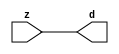

//------> /package/eda/mg/Catapult_10.3d/Mgc_home/pkgs/siflibs/mgc_in_wire_v2.v 
//------------------------------------------------------------------------------
// Catapult Synthesis - Sample I/O Port Library
//
// Copyright (c) 2003-2017 Mentor Graphics Corp.
//       All Rights Reserved
//
// This document may be used and distributed without restriction provided that
// this copyright statement is not removed from the file and that any derivative
// work contains this copyright notice.
//
// The design information contained in this file is intended to be an example
// of the functionality which the end user may study in preparation for creating
// their own custom interfaces. This design does not necessarily present a 
// complete implementation of the named protocol or standard.
//
//------------------------------------------------------------------------------


module mgc_in_wire_v2 (d, z);

  parameter integer rscid = 1;
  parameter integer width = 8;

  output [width-1:0] d;
  input  [width-1:0] z;

  wire   [width-1:0] d;

  assign d = z;

endmodule


//------> /package/eda/mg/Catapult_10.3d/Mgc_home/pkgs/siflibs/ccs_in_v1.v 
//------------------------------------------------------------------------------
// Catapult Synthesis - Sample I/O Port Library
//
// Copyright (c) 2003-2017 Mentor Graphics Corp.
//       All Rights Reserved
//
// This document may be used and distributed without restriction provided that
// this copyright statement is not removed from the file and that any derivative
// work contains this copyright notice.
//
// The design information contained in this file is intended to be an example
// of the functionality which the end user may study in preparation for creating
// their own custom interfaces. This design does not necessarily present a 
// complete implementation of the named protocol or standard.
//
//------------------------------------------------------------------------------


module ccs_in_v1 (idat, dat);

  parameter integer rscid = 1;
  parameter integer width = 8;

  output [width-1:0] idat;
  input  [width-1:0] dat;

  wire   [width-1:0] idat;

  assign idat = dat;

endmodule


//------> /package/eda/mg/Catapult_10.3d/Mgc_home/pkgs/siflibs/ccs_out_v1.v 
//------------------------------------------------------------------------------
// Catapult Synthesis - Sample I/O Port Library
//
// Copyright (c) 2003-2015 Mentor Graphics Corp.
//       All Rights Reserved
//
// This document may be used and distributed without restriction provided that
// this copyright statement is not removed from the file and that any derivative
// work contains this copyright notice.
//
// The design information contained in this file is intended to be an example
// of the functionality which the end user may study in preparation for creating
// their own custom interfaces. This design does not necessarily present a 
// complete implementation of the named protocol or standard.
//
//------------------------------------------------------------------------------

module ccs_out_v1 (dat, idat);

  parameter integer rscid = 1;
  parameter integer width = 8;

  output   [width-1:0] dat;
  input    [width-1:0] idat;

  wire     [width-1:0] dat;

  assign dat = idat;

endmodule




//------> /package/eda/mg/Catapult_10.3d/Mgc_home/pkgs/siflibs/mgc_io_sync_v2.v 
//------------------------------------------------------------------------------
// Catapult Synthesis - Sample I/O Port Library
//
// Copyright (c) 2003-2017 Mentor Graphics Corp.
//       All Rights Reserved
//
// This document may be used and distributed without restriction provided that
// this copyright statement is not removed from the file and that any derivative
// work contains this copyright notice.
//
// The design information contained in this file is intended to be an example
// of the functionality which the end user may study in preparation for creating
// their own custom interfaces. This design does not necessarily present a 
// complete implementation of the named protocol or standard.
//
//------------------------------------------------------------------------------


module mgc_io_sync_v2 (ld, lz);
    parameter valid = 0;

    input  ld;
    output lz;

    wire   lz;

    assign lz = ld;

endmodule


//------> ./rtl.v 
// ----------------------------------------------------------------------
//  HLS HDL:        Verilog Netlister
//  HLS Version:    10.3d/815731 Production Release
//  HLS Date:       Wed Apr 24 14:54:19 PDT 2019
// 
//  Generated by:   695r48@ecegrid-thin4.ecn.purdue.edu
//  Generated date: Wed Nov 10 16:40:02 2021
// ----------------------------------------------------------------------

// 
// ------------------------------------------------------------------
//  Design Unit:    fir_core_core_fsm
//  FSM Module
// ------------------------------------------------------------------


module fir_core_core_fsm (
  clk, rst, fsm_output
);
  input clk;
  input rst;
  output [9:0] fsm_output;
  reg [9:0] fsm_output;


  // FSM State Type Declaration for fir_core_core_fsm_1
  parameter
    main_C_0 = 4'd0,
    main_C_1 = 4'd1,
    main_C_2 = 4'd2,
    main_C_3 = 4'd3,
    main_C_4 = 4'd4,
    main_C_5 = 4'd5,
    main_C_6 = 4'd6,
    main_C_7 = 4'd7,
    main_C_8 = 4'd8,
    main_C_9 = 4'd9;

  reg [3:0] state_var;
  reg [3:0] state_var_NS;


  // Interconnect Declarations for Component Instantiations 
  always @(*)
  begin : fir_core_core_fsm_1
    case (state_var)
      main_C_1 : begin
        fsm_output = 10'b0000000010;
        state_var_NS = main_C_2;
      end
      main_C_2 : begin
        fsm_output = 10'b0000000100;
        state_var_NS = main_C_3;
      end
      main_C_3 : begin
        fsm_output = 10'b0000001000;
        state_var_NS = main_C_4;
      end
      main_C_4 : begin
        fsm_output = 10'b0000010000;
        state_var_NS = main_C_5;
      end
      main_C_5 : begin
        fsm_output = 10'b0000100000;
        state_var_NS = main_C_6;
      end
      main_C_6 : begin
        fsm_output = 10'b0001000000;
        state_var_NS = main_C_7;
      end
      main_C_7 : begin
        fsm_output = 10'b0010000000;
        state_var_NS = main_C_8;
      end
      main_C_8 : begin
        fsm_output = 10'b0100000000;
        state_var_NS = main_C_9;
      end
      main_C_9 : begin
        fsm_output = 10'b1000000000;
        state_var_NS = main_C_0;
      end
      // main_C_0
      default : begin
        fsm_output = 10'b0000000001;
        state_var_NS = main_C_1;
      end
    endcase
  end

  always @(posedge clk) begin
    if ( rst ) begin
      state_var <= main_C_0;
    end
    else begin
      state_var <= state_var_NS;
    end
  end

endmodule

// ------------------------------------------------------------------
//  Design Unit:    fir_core
// ------------------------------------------------------------------


module fir_core (
  clk, rst, coeffs_rsc_z, coeffs_rsc_triosy_lz, in1_rsc_dat, in1_rsc_triosy_lz, out1_rsc_dat,
      out1_rsc_triosy_lz
);
  input clk;
  input rst;
  input [511:0] coeffs_rsc_z;
  output coeffs_rsc_triosy_lz;
  input [15:0] in1_rsc_dat;
  output in1_rsc_triosy_lz;
  output [15:0] out1_rsc_dat;
  output out1_rsc_triosy_lz;


  // Interconnect Declarations
  wire [511:0] coeffs_rsci_d;
  wire [15:0] in1_rsci_idat;
  reg [15:0] out1_rsci_idat;
  reg out1_rsc_triosy_obj_ld;
  wire [9:0] fsm_output;
  reg [223:0] reg_MAC_io_read_coeffs_rsc_cse_255_0_ftd_32;
  reg reg_in1_rsc_triosy_obj_ld_cse;
  wire [29:0] z_out;
  wire [30:0] nl_z_out;
  wire [29:0] z_out_1;
  wire signed [32:0] nl_z_out_1;
  wire [29:0] z_out_2;
  wire signed [32:0] nl_z_out_2;
  wire [29:0] z_out_3;
  wire signed [32:0] nl_z_out_3;
  wire [29:0] z_out_4;
  wire signed [32:0] nl_z_out_4;
  wire [29:0] z_out_5;
  wire signed [32:0] nl_z_out_5;
  wire [29:0] z_out_6;
  wire signed [32:0] nl_z_out_6;
  reg [15:0] regs_15_sva;
  reg [15:0] regs_16_sva;
  reg [15:0] regs_14_sva;
  reg [15:0] regs_17_sva;
  reg [15:0] regs_13_sva;
  reg [15:0] regs_18_sva;
  reg [15:0] regs_12_sva;
  reg [15:0] regs_19_sva;
  reg [15:0] regs_11_sva;
  reg [15:0] regs_20_sva;
  reg [15:0] regs_10_sva;
  reg [15:0] regs_21_sva;
  reg [15:0] regs_9_sva;
  reg [15:0] regs_22_sva;
  reg [15:0] regs_8_sva;
  reg [15:0] regs_23_sva;
  reg [15:0] regs_7_sva;
  reg [15:0] regs_24_sva;
  reg [15:0] regs_6_sva;
  reg [15:0] regs_25_sva;
  reg [15:0] regs_5_sva;
  reg [15:0] regs_26_sva;
  reg [15:0] regs_4_sva;
  reg [15:0] regs_27_sva;
  reg [15:0] regs_3_sva;
  reg [15:0] regs_28_sva;
  reg [15:0] regs_2_sva;
  reg [15:0] regs_29_sva;
  reg [15:0] regs_1_sva;
  reg [15:0] regs_30_sva;
  reg [15:0] regs_0_sva;
  reg [16:0] MAC_1_acc_3_itm;
  wire [17:0] nl_MAC_1_acc_3_itm;
  reg [16:0] MAC_2_acc_3_itm;
  wire [17:0] nl_MAC_2_acc_3_itm;
  reg [16:0] MAC_3_acc_3_itm;
  wire [17:0] nl_MAC_3_acc_3_itm;
  reg [16:0] MAC_4_acc_3_itm;
  wire [17:0] nl_MAC_4_acc_3_itm;
  reg [16:0] MAC_5_acc_3_itm;
  wire [17:0] nl_MAC_5_acc_3_itm;
  reg [16:0] MAC_6_acc_3_itm;
  wire [17:0] nl_MAC_6_acc_3_itm;
  reg [16:0] MAC_7_acc_3_itm;
  wire [17:0] nl_MAC_7_acc_3_itm;
  reg [16:0] MAC_8_acc_3_itm;
  wire [17:0] nl_MAC_8_acc_3_itm;
  reg [16:0] MAC_9_acc_3_itm;
  wire [17:0] nl_MAC_9_acc_3_itm;
  reg [16:0] MAC_10_acc_3_itm;
  reg [29:0] MAC_acc_7_itm;
  reg [16:0] MAC_11_acc_3_itm;
  wire [17:0] nl_MAC_11_acc_3_itm;
  reg [16:0] MAC_12_acc_3_itm;
  wire [17:0] nl_MAC_12_acc_3_itm;
  reg [16:0] MAC_13_acc_3_itm;
  wire [17:0] nl_MAC_13_acc_3_itm;
  reg [16:0] MAC_14_acc_3_itm;
  wire [17:0] nl_MAC_14_acc_3_itm;
  reg [29:0] MAC_15_mul_itm;
  reg [29:0] MAC_16_mul_itm;
  reg [29:0] MAC_acc_16_itm;
  wire [29:0] MAC_acc_19;
  wire [30:0] nl_MAC_acc_19;
  wire MAC_or_5_cse;

  wire[29:0] MAC_16_acc_2_nl;
  wire[30:0] nl_MAC_16_acc_2_nl;
  wire[29:0] MAC_acc_nl;
  wire[30:0] nl_MAC_acc_nl;
  wire[16:0] MAC_10_acc_3_nl;
  wire[17:0] nl_MAC_10_acc_3_nl;
  wire[29:0] MAC_15_mul_nl;
  wire signed [32:0] nl_MAC_15_mul_nl;
  wire[16:0] MAC_15_acc_3_nl;
  wire[17:0] nl_MAC_15_acc_3_nl;
  wire[29:0] MAC_acc_5_nl;
  wire[30:0] nl_MAC_acc_5_nl;
  wire[29:0] MAC_acc_11_nl;
  wire[30:0] nl_MAC_acc_11_nl;
  wire[29:0] MAC_16_mul_nl;
  wire signed [32:0] nl_MAC_16_mul_nl;
  wire[16:0] MAC_16_acc_3_nl;
  wire[17:0] nl_MAC_16_acc_3_nl;
  wire[29:0] MAC_acc_10_nl;
  wire[30:0] nl_MAC_acc_10_nl;
  wire[29:0] MAC_acc_8_nl;
  wire[30:0] nl_MAC_acc_8_nl;
  wire[29:0] MAC_acc_6_nl;
  wire[30:0] nl_MAC_acc_6_nl;
  wire[29:0] MAC_11_mul_nl;
  wire signed [32:0] nl_MAC_11_mul_nl;
  wire[29:0] MAC_12_mul_nl;
  wire signed [32:0] nl_MAC_12_mul_nl;
  wire[29:0] MAC_acc_9_nl;
  wire[30:0] nl_MAC_acc_9_nl;
  wire[29:0] MAC_acc_7_nl;
  wire[30:0] nl_MAC_acc_7_nl;
  wire[29:0] MAC_mux_25_nl;
  wire[0:0] or_83_nl;
  wire[15:0] MAC_mux_26_nl;
  wire[16:0] MAC_mux_27_nl;
  wire[15:0] MAC_mux_28_nl;
  wire[16:0] MAC_mux_29_nl;
  wire[15:0] MAC_mux_30_nl;
  wire[16:0] MAC_mux_31_nl;
  wire[15:0] MAC_mux_32_nl;
  wire[16:0] MAC_mux_33_nl;
  wire[15:0] MAC_mux_34_nl;
  wire[16:0] MAC_mux_35_nl;
  wire[15:0] MAC_mux_36_nl;
  wire[16:0] MAC_mux_37_nl;

  // Interconnect Declarations for Component Instantiations 
  mgc_in_wire_v2 #(.rscid(32'sd1),
  .width(32'sd512)) coeffs_rsci (
      .d(coeffs_rsci_d),
      .z(coeffs_rsc_z)
    );
  ccs_in_v1 #(.rscid(32'sd2),
  .width(32'sd16)) in1_rsci (
      .dat(in1_rsc_dat),
      .idat(in1_rsci_idat)
    );
  ccs_out_v1 #(.rscid(32'sd3),
  .width(32'sd16)) out1_rsci (
      .idat(out1_rsci_idat),
      .dat(out1_rsc_dat)
    );
  mgc_io_sync_v2 #(.valid(32'sd0)) coeffs_rsc_triosy_obj (
      .ld(reg_in1_rsc_triosy_obj_ld_cse),
      .lz(coeffs_rsc_triosy_lz)
    );
  mgc_io_sync_v2 #(.valid(32'sd0)) in1_rsc_triosy_obj (
      .ld(reg_in1_rsc_triosy_obj_ld_cse),
      .lz(in1_rsc_triosy_lz)
    );
  mgc_io_sync_v2 #(.valid(32'sd0)) out1_rsc_triosy_obj (
      .ld(out1_rsc_triosy_obj_ld),
      .lz(out1_rsc_triosy_lz)
    );
  fir_core_core_fsm fir_core_core_fsm_inst (
      .clk(clk),
      .rst(rst),
      .fsm_output(fsm_output)
    );
  assign MAC_or_5_cse = (fsm_output[4]) | (fsm_output[6]);
  assign nl_MAC_acc_19 = MAC_acc_7_itm + MAC_16_mul_itm;
  assign MAC_acc_19 = nl_MAC_acc_19[29:0];
  always @(posedge clk) begin
    if ( rst ) begin
      out1_rsci_idat <= 16'b0000000000000000;
    end
    else if ( fsm_output[8] ) begin
      out1_rsci_idat <= readslicef_30_16_14((MAC_16_acc_2_nl));
    end
  end
  always @(posedge clk) begin
    if ( rst ) begin
      MAC_11_acc_3_itm <= 17'b00000000000000000;
    end
    else if ( fsm_output[0] ) begin
      MAC_11_acc_3_itm <= nl_MAC_11_acc_3_itm[16:0];
    end
  end
  always @(posedge clk) begin
    if ( rst ) begin
      MAC_12_acc_3_itm <= 17'b00000000000000000;
    end
    else if ( fsm_output[0] ) begin
      MAC_12_acc_3_itm <= nl_MAC_12_acc_3_itm[16:0];
    end
  end
  always @(posedge clk) begin
    if ( rst ) begin
      MAC_9_acc_3_itm <= 17'b00000000000000000;
    end
    else if ( fsm_output[0] ) begin
      MAC_9_acc_3_itm <= nl_MAC_9_acc_3_itm[16:0];
    end
  end
  always @(posedge clk) begin
    if ( rst ) begin
      MAC_10_acc_3_itm <= 17'b00000000000000000;
    end
    else if ( (fsm_output[9]) | (fsm_output[0]) ) begin
      MAC_10_acc_3_itm <= MUX_v_17_2_2((MAC_10_acc_3_nl), ({1'b0 , regs_30_sva}),
          fsm_output[9]);
    end
  end
  always @(posedge clk) begin
    if ( rst ) begin
      MAC_7_acc_3_itm <= 17'b00000000000000000;
    end
    else if ( fsm_output[0] ) begin
      MAC_7_acc_3_itm <= nl_MAC_7_acc_3_itm[16:0];
    end
  end
  always @(posedge clk) begin
    if ( rst ) begin
      MAC_8_acc_3_itm <= 17'b00000000000000000;
    end
    else if ( fsm_output[0] ) begin
      MAC_8_acc_3_itm <= nl_MAC_8_acc_3_itm[16:0];
    end
  end
  always @(posedge clk) begin
    if ( rst ) begin
      MAC_5_acc_3_itm <= 17'b00000000000000000;
    end
    else if ( fsm_output[0] ) begin
      MAC_5_acc_3_itm <= nl_MAC_5_acc_3_itm[16:0];
    end
  end
  always @(posedge clk) begin
    if ( rst ) begin
      MAC_6_acc_3_itm <= 17'b00000000000000000;
    end
    else if ( fsm_output[0] ) begin
      MAC_6_acc_3_itm <= nl_MAC_6_acc_3_itm[16:0];
    end
  end
  always @(posedge clk) begin
    if ( rst ) begin
      MAC_3_acc_3_itm <= 17'b00000000000000000;
    end
    else if ( fsm_output[0] ) begin
      MAC_3_acc_3_itm <= nl_MAC_3_acc_3_itm[16:0];
    end
  end
  always @(posedge clk) begin
    if ( rst ) begin
      MAC_4_acc_3_itm <= 17'b00000000000000000;
    end
    else if ( fsm_output[0] ) begin
      MAC_4_acc_3_itm <= nl_MAC_4_acc_3_itm[16:0];
    end
  end
  always @(posedge clk) begin
    if ( rst ) begin
      MAC_1_acc_3_itm <= 17'b00000000000000000;
    end
    else if ( fsm_output[0] ) begin
      MAC_1_acc_3_itm <= nl_MAC_1_acc_3_itm[16:0];
    end
  end
  always @(posedge clk) begin
    if ( rst ) begin
      MAC_2_acc_3_itm <= 17'b00000000000000000;
    end
    else if ( fsm_output[0] ) begin
      MAC_2_acc_3_itm <= nl_MAC_2_acc_3_itm[16:0];
    end
  end
  always @(posedge clk) begin
    if ( rst ) begin
      MAC_15_mul_itm <= 30'b000000000000000000000000000000;
    end
    else if ( (fsm_output[0]) | (fsm_output[1]) | (fsm_output[2]) | (fsm_output[4])
        | (fsm_output[6]) ) begin
      MAC_15_mul_itm <= MUX1HOT_v_30_4_2((MAC_15_mul_nl), (MAC_acc_5_nl), (MAC_acc_11_nl),
          z_out, {(fsm_output[0]) , (fsm_output[1]) , (fsm_output[2]) , MAC_or_5_cse});
    end
  end
  always @(posedge clk) begin
    if ( rst ) begin
      MAC_16_mul_itm <= 30'b000000000000000000000000000000;
      MAC_13_acc_3_itm <= 17'b00000000000000000;
      MAC_14_acc_3_itm <= 17'b00000000000000000;
      out1_rsc_triosy_obj_ld <= 1'b0;
      reg_in1_rsc_triosy_obj_ld_cse <= 1'b0;
    end
    else begin
      MAC_16_mul_itm <= MUX1HOT_v_30_5_2((MAC_16_mul_nl), z_out, (MAC_acc_10_nl),
          (MAC_acc_8_nl), (MAC_acc_6_nl), {(fsm_output[0]) , (fsm_output[1]) , (fsm_output[3])
          , (fsm_output[5]) , (fsm_output[7])});
      MAC_13_acc_3_itm <= nl_MAC_13_acc_3_itm[16:0];
      MAC_14_acc_3_itm <= nl_MAC_14_acc_3_itm[16:0];
      out1_rsc_triosy_obj_ld <= fsm_output[8];
      reg_in1_rsc_triosy_obj_ld_cse <= fsm_output[0];
    end
  end
  always @(posedge clk) begin
    if ( rst ) begin
      regs_1_sva <= 16'b0000000000000000;
    end
    else if ( fsm_output[0] ) begin
      regs_1_sva <= regs_0_sva;
    end
  end
  always @(posedge clk) begin
    if ( rst ) begin
      regs_0_sva <= 16'b0000000000000000;
    end
    else if ( fsm_output[0] ) begin
      regs_0_sva <= in1_rsci_idat;
    end
  end
  always @(posedge clk) begin
    if ( rst ) begin
      regs_15_sva <= 16'b0000000000000000;
    end
    else if ( fsm_output[9] ) begin
      regs_15_sva <= regs_14_sva;
    end
  end
  always @(posedge clk) begin
    if ( rst ) begin
      regs_14_sva <= 16'b0000000000000000;
    end
    else if ( fsm_output[9] ) begin
      regs_14_sva <= regs_13_sva;
    end
  end
  always @(posedge clk) begin
    if ( rst ) begin
      regs_16_sva <= 16'b0000000000000000;
    end
    else if ( fsm_output[9] ) begin
      regs_16_sva <= regs_15_sva;
    end
  end
  always @(posedge clk) begin
    if ( rst ) begin
      regs_13_sva <= 16'b0000000000000000;
    end
    else if ( fsm_output[9] ) begin
      regs_13_sva <= regs_12_sva;
    end
  end
  always @(posedge clk) begin
    if ( rst ) begin
      regs_17_sva <= 16'b0000000000000000;
    end
    else if ( fsm_output[9] ) begin
      regs_17_sva <= regs_16_sva;
    end
  end
  always @(posedge clk) begin
    if ( rst ) begin
      regs_12_sva <= 16'b0000000000000000;
    end
    else if ( fsm_output[9] ) begin
      regs_12_sva <= regs_11_sva;
    end
  end
  always @(posedge clk) begin
    if ( rst ) begin
      regs_18_sva <= 16'b0000000000000000;
    end
    else if ( fsm_output[9] ) begin
      regs_18_sva <= regs_17_sva;
    end
  end
  always @(posedge clk) begin
    if ( rst ) begin
      regs_11_sva <= 16'b0000000000000000;
    end
    else if ( fsm_output[9] ) begin
      regs_11_sva <= regs_10_sva;
    end
  end
  always @(posedge clk) begin
    if ( rst ) begin
      regs_19_sva <= 16'b0000000000000000;
    end
    else if ( fsm_output[9] ) begin
      regs_19_sva <= regs_18_sva;
    end
  end
  always @(posedge clk) begin
    if ( rst ) begin
      regs_10_sva <= 16'b0000000000000000;
    end
    else if ( fsm_output[9] ) begin
      regs_10_sva <= regs_9_sva;
    end
  end
  always @(posedge clk) begin
    if ( rst ) begin
      regs_20_sva <= 16'b0000000000000000;
    end
    else if ( fsm_output[9] ) begin
      regs_20_sva <= regs_19_sva;
    end
  end
  always @(posedge clk) begin
    if ( rst ) begin
      regs_9_sva <= 16'b0000000000000000;
    end
    else if ( fsm_output[9] ) begin
      regs_9_sva <= regs_8_sva;
    end
  end
  always @(posedge clk) begin
    if ( rst ) begin
      regs_21_sva <= 16'b0000000000000000;
    end
    else if ( fsm_output[9] ) begin
      regs_21_sva <= regs_20_sva;
    end
  end
  always @(posedge clk) begin
    if ( rst ) begin
      regs_8_sva <= 16'b0000000000000000;
    end
    else if ( fsm_output[9] ) begin
      regs_8_sva <= regs_7_sva;
    end
  end
  always @(posedge clk) begin
    if ( rst ) begin
      regs_22_sva <= 16'b0000000000000000;
    end
    else if ( fsm_output[9] ) begin
      regs_22_sva <= regs_21_sva;
    end
  end
  always @(posedge clk) begin
    if ( rst ) begin
      regs_7_sva <= 16'b0000000000000000;
    end
    else if ( fsm_output[9] ) begin
      regs_7_sva <= regs_6_sva;
    end
  end
  always @(posedge clk) begin
    if ( rst ) begin
      regs_23_sva <= 16'b0000000000000000;
    end
    else if ( fsm_output[9] ) begin
      regs_23_sva <= regs_22_sva;
    end
  end
  always @(posedge clk) begin
    if ( rst ) begin
      regs_6_sva <= 16'b0000000000000000;
    end
    else if ( fsm_output[9] ) begin
      regs_6_sva <= regs_5_sva;
    end
  end
  always @(posedge clk) begin
    if ( rst ) begin
      regs_24_sva <= 16'b0000000000000000;
    end
    else if ( fsm_output[9] ) begin
      regs_24_sva <= regs_23_sva;
    end
  end
  always @(posedge clk) begin
    if ( rst ) begin
      regs_5_sva <= 16'b0000000000000000;
    end
    else if ( fsm_output[9] ) begin
      regs_5_sva <= regs_4_sva;
    end
  end
  always @(posedge clk) begin
    if ( rst ) begin
      regs_25_sva <= 16'b0000000000000000;
    end
    else if ( fsm_output[9] ) begin
      regs_25_sva <= regs_24_sva;
    end
  end
  always @(posedge clk) begin
    if ( rst ) begin
      regs_4_sva <= 16'b0000000000000000;
    end
    else if ( fsm_output[9] ) begin
      regs_4_sva <= regs_3_sva;
    end
  end
  always @(posedge clk) begin
    if ( rst ) begin
      regs_26_sva <= 16'b0000000000000000;
    end
    else if ( fsm_output[9] ) begin
      regs_26_sva <= regs_25_sva;
    end
  end
  always @(posedge clk) begin
    if ( rst ) begin
      regs_3_sva <= 16'b0000000000000000;
    end
    else if ( fsm_output[9] ) begin
      regs_3_sva <= regs_2_sva;
    end
  end
  always @(posedge clk) begin
    if ( rst ) begin
      regs_27_sva <= 16'b0000000000000000;
    end
    else if ( fsm_output[9] ) begin
      regs_27_sva <= regs_26_sva;
    end
  end
  always @(posedge clk) begin
    if ( rst ) begin
      regs_2_sva <= 16'b0000000000000000;
    end
    else if ( fsm_output[9] ) begin
      regs_2_sva <= regs_1_sva;
    end
  end
  always @(posedge clk) begin
    if ( rst ) begin
      regs_28_sva <= 16'b0000000000000000;
    end
    else if ( fsm_output[9] ) begin
      regs_28_sva <= regs_27_sva;
    end
  end
  always @(posedge clk) begin
    if ( rst ) begin
      regs_29_sva <= 16'b0000000000000000;
    end
    else if ( fsm_output[9] ) begin
      regs_29_sva <= regs_28_sva;
    end
  end
  always @(posedge clk) begin
    if ( rst ) begin
      regs_30_sva <= 16'b0000000000000000;
    end
    else if ( fsm_output[9] ) begin
      regs_30_sva <= regs_29_sva;
    end
  end
  always @(posedge clk) begin
    if ( rst ) begin
      MAC_acc_16_itm <= 30'b000000000000000000000000000000;
    end
    else if ( fsm_output[2] ) begin
      MAC_acc_16_itm <= z_out;
    end
  end
  always @(posedge clk) begin
    if ( rst ) begin
      MAC_acc_7_itm <= 30'b000000000000000000000000000000;
    end
    else if ( MAC_or_5_cse ) begin
      MAC_acc_7_itm <= MUX_v_30_2_2((MAC_acc_9_nl), (MAC_acc_7_nl), fsm_output[6]);
    end
  end
  always @(posedge clk) begin
    if ( rst ) begin
      reg_MAC_io_read_coeffs_rsc_cse_255_0_ftd_32 <= 224'b00000000000000000000000000000000000000000000000000000000000000000000000000000000000000000000000000000000000000000000000000000000000000000000000000000000000000000000000000000000000000000000000000000000000000000000000000000000;
    end
    else if ( fsm_output[0] ) begin
      reg_MAC_io_read_coeffs_rsc_cse_255_0_ftd_32 <= coeffs_rsci_d[223:0];
    end
  end
  assign nl_MAC_acc_nl = MAC_acc_19 + MAC_acc_16_itm;
  assign MAC_acc_nl = nl_MAC_acc_nl[29:0];
  assign nl_MAC_16_acc_2_nl = MAC_15_mul_itm + (MAC_acc_nl);
  assign MAC_16_acc_2_nl = nl_MAC_16_acc_2_nl[29:0];
  assign nl_MAC_11_acc_3_itm  = conv_s2s_16_17(regs_10_sva) + conv_s2s_16_17(regs_21_sva);
  assign nl_MAC_12_acc_3_itm  = conv_s2s_16_17(regs_11_sva) + conv_s2s_16_17(regs_20_sva);
  assign nl_MAC_9_acc_3_itm  = conv_s2s_16_17(regs_8_sva) + conv_s2s_16_17(regs_23_sva);
  assign nl_MAC_10_acc_3_nl = conv_s2s_16_17(regs_9_sva) + conv_s2s_16_17(regs_22_sva);
  assign MAC_10_acc_3_nl = nl_MAC_10_acc_3_nl[16:0];
  assign nl_MAC_7_acc_3_itm  = conv_s2s_16_17(regs_6_sva) + conv_s2s_16_17(regs_25_sva);
  assign nl_MAC_8_acc_3_itm  = conv_s2s_16_17(regs_7_sva) + conv_s2s_16_17(regs_24_sva);
  assign nl_MAC_5_acc_3_itm  = conv_s2s_16_17(regs_4_sva) + conv_s2s_16_17(regs_27_sva);
  assign nl_MAC_6_acc_3_itm  = conv_s2s_16_17(regs_5_sva) + conv_s2s_16_17(regs_26_sva);
  assign nl_MAC_3_acc_3_itm  = conv_s2s_16_17(regs_1_sva) + conv_s2s_16_17(regs_29_sva);
  assign nl_MAC_4_acc_3_itm  = conv_s2s_16_17(regs_3_sva) + conv_s2s_16_17(regs_28_sva);
  assign nl_MAC_1_acc_3_itm  = conv_s2s_16_17(in1_rsci_idat) + conv_s2s_16_17(MAC_10_acc_3_itm[15:0]);
  assign nl_MAC_2_acc_3_itm  = conv_s2s_16_17(regs_0_sva) + conv_s2s_16_17(regs_30_sva);
  assign nl_MAC_15_acc_3_nl = conv_s2s_16_17(regs_14_sva) + conv_s2s_16_17(regs_17_sva);
  assign MAC_15_acc_3_nl = nl_MAC_15_acc_3_nl[16:0];
  assign nl_MAC_15_mul_nl = $signed((MAC_15_acc_3_nl)) * $signed((coeffs_rsci_d[239:224]));
  assign MAC_15_mul_nl = nl_MAC_15_mul_nl[29:0];
  assign nl_MAC_acc_5_nl = z_out_1 + z_out_2;
  assign MAC_acc_5_nl = nl_MAC_acc_5_nl[29:0];
  assign nl_MAC_acc_11_nl = z_out_1 + z_out_2;
  assign MAC_acc_11_nl = nl_MAC_acc_11_nl[29:0];
  assign nl_MAC_16_acc_3_nl = conv_s2s_16_17(regs_15_sva) + conv_s2s_16_17(regs_16_sva);
  assign MAC_16_acc_3_nl = nl_MAC_16_acc_3_nl[16:0];
  assign nl_MAC_16_mul_nl = $signed((MAC_16_acc_3_nl)) * $signed((coeffs_rsci_d[255:240]));
  assign MAC_16_mul_nl = nl_MAC_16_mul_nl[29:0];
  assign nl_MAC_acc_10_nl = z_out_3 + z_out_4;
  assign MAC_acc_10_nl = nl_MAC_acc_10_nl[29:0];
  assign nl_MAC_acc_8_nl = z_out_5 + z_out_6;
  assign MAC_acc_8_nl = nl_MAC_acc_8_nl[29:0];
  assign nl_MAC_11_mul_nl = $signed(MAC_11_acc_3_itm) * $signed((reg_MAC_io_read_coeffs_rsc_cse_255_0_ftd_32[175:160]));
  assign MAC_11_mul_nl = nl_MAC_11_mul_nl[29:0];
  assign nl_MAC_12_mul_nl = $signed(MAC_12_acc_3_itm) * $signed((reg_MAC_io_read_coeffs_rsc_cse_255_0_ftd_32[191:176]));
  assign MAC_12_mul_nl = nl_MAC_12_mul_nl[29:0];
  assign nl_MAC_acc_6_nl = (MAC_11_mul_nl) + (MAC_12_mul_nl);
  assign MAC_acc_6_nl = nl_MAC_acc_6_nl[29:0];
  assign nl_MAC_13_acc_3_itm  = conv_s2s_16_17(regs_12_sva) + conv_s2s_16_17(regs_19_sva);
  assign nl_MAC_14_acc_3_itm  = conv_s2s_16_17(regs_13_sva) + conv_s2s_16_17(regs_18_sva);
  assign nl_MAC_acc_9_nl = z_out_6 + z_out_5;
  assign MAC_acc_9_nl = nl_MAC_acc_9_nl[29:0];
  assign nl_MAC_acc_7_nl = z_out_4 + z_out_3;
  assign MAC_acc_7_nl = nl_MAC_acc_7_nl[29:0];
  assign or_83_nl = (fsm_output[4]) | (fsm_output[2]) | (fsm_output[1]);
  assign MAC_mux_25_nl = MUX_v_30_2_2(MAC_acc_19, MAC_16_mul_itm, or_83_nl);
  assign nl_z_out = MAC_15_mul_itm + (MAC_mux_25_nl);
  assign z_out = nl_z_out[29:0];
  assign MAC_mux_26_nl = MUX_v_16_2_2((reg_MAC_io_read_coeffs_rsc_cse_255_0_ftd_32[207:192]),
      (reg_MAC_io_read_coeffs_rsc_cse_255_0_ftd_32[15:0]), fsm_output[2]);
  assign MAC_mux_27_nl = MUX_v_17_2_2(MAC_13_acc_3_itm, MAC_1_acc_3_itm, fsm_output[2]);
  assign nl_z_out_1 = $signed((MAC_mux_26_nl)) * $signed((MAC_mux_27_nl));
  assign z_out_1 = nl_z_out_1[29:0];
  assign MAC_mux_28_nl = MUX_v_16_2_2((reg_MAC_io_read_coeffs_rsc_cse_255_0_ftd_32[223:208]),
      (reg_MAC_io_read_coeffs_rsc_cse_255_0_ftd_32[31:16]), fsm_output[2]);
  assign MAC_mux_29_nl = MUX_v_17_2_2(MAC_14_acc_3_itm, MAC_2_acc_3_itm, fsm_output[2]);
  assign nl_z_out_2 = $signed((MAC_mux_28_nl)) * $signed((MAC_mux_29_nl));
  assign z_out_2 = nl_z_out_2[29:0];
  assign MAC_mux_30_nl = MUX_v_16_2_2((reg_MAC_io_read_coeffs_rsc_cse_255_0_ftd_32[47:32]),
      (reg_MAC_io_read_coeffs_rsc_cse_255_0_ftd_32[159:144]), fsm_output[6]);
  assign MAC_mux_31_nl = MUX_v_17_2_2(MAC_3_acc_3_itm, MAC_10_acc_3_itm, fsm_output[6]);
  assign nl_z_out_3 = $signed((MAC_mux_30_nl)) * $signed((MAC_mux_31_nl));
  assign z_out_3 = nl_z_out_3[29:0];
  assign MAC_mux_32_nl = MUX_v_16_2_2((reg_MAC_io_read_coeffs_rsc_cse_255_0_ftd_32[63:48]),
      (reg_MAC_io_read_coeffs_rsc_cse_255_0_ftd_32[143:128]), fsm_output[6]);
  assign MAC_mux_33_nl = MUX_v_17_2_2(MAC_4_acc_3_itm, MAC_9_acc_3_itm, fsm_output[6]);
  assign nl_z_out_4 = $signed((MAC_mux_32_nl)) * $signed((MAC_mux_33_nl));
  assign z_out_4 = nl_z_out_4[29:0];
  assign MAC_mux_34_nl = MUX_v_16_2_2((reg_MAC_io_read_coeffs_rsc_cse_255_0_ftd_32[111:96]),
      (reg_MAC_io_read_coeffs_rsc_cse_255_0_ftd_32[95:80]), fsm_output[4]);
  assign MAC_mux_35_nl = MUX_v_17_2_2(MAC_7_acc_3_itm, MAC_6_acc_3_itm, fsm_output[4]);
  assign nl_z_out_5 = $signed((MAC_mux_34_nl)) * $signed((MAC_mux_35_nl));
  assign z_out_5 = nl_z_out_5[29:0];
  assign MAC_mux_36_nl = MUX_v_16_2_2((reg_MAC_io_read_coeffs_rsc_cse_255_0_ftd_32[127:112]),
      (reg_MAC_io_read_coeffs_rsc_cse_255_0_ftd_32[79:64]), fsm_output[4]);
  assign MAC_mux_37_nl = MUX_v_17_2_2(MAC_8_acc_3_itm, MAC_5_acc_3_itm, fsm_output[4]);
  assign nl_z_out_6 = $signed((MAC_mux_36_nl)) * $signed((MAC_mux_37_nl));
  assign z_out_6 = nl_z_out_6[29:0];

  function automatic [29:0] MUX1HOT_v_30_4_2;
    input [29:0] input_3;
    input [29:0] input_2;
    input [29:0] input_1;
    input [29:0] input_0;
    input [3:0] sel;
    reg [29:0] result;
  begin
    result = input_0 & {30{sel[0]}};
    result = result | ( input_1 & {30{sel[1]}});
    result = result | ( input_2 & {30{sel[2]}});
    result = result | ( input_3 & {30{sel[3]}});
    MUX1HOT_v_30_4_2 = result;
  end
  endfunction


  function automatic [29:0] MUX1HOT_v_30_5_2;
    input [29:0] input_4;
    input [29:0] input_3;
    input [29:0] input_2;
    input [29:0] input_1;
    input [29:0] input_0;
    input [4:0] sel;
    reg [29:0] result;
  begin
    result = input_0 & {30{sel[0]}};
    result = result | ( input_1 & {30{sel[1]}});
    result = result | ( input_2 & {30{sel[2]}});
    result = result | ( input_3 & {30{sel[3]}});
    result = result | ( input_4 & {30{sel[4]}});
    MUX1HOT_v_30_5_2 = result;
  end
  endfunction


  function automatic [15:0] MUX_v_16_2_2;
    input [15:0] input_0;
    input [15:0] input_1;
    input [0:0] sel;
    reg [15:0] result;
  begin
    case (sel)
      1'b0 : begin
        result = input_0;
      end
      default : begin
        result = input_1;
      end
    endcase
    MUX_v_16_2_2 = result;
  end
  endfunction


  function automatic [16:0] MUX_v_17_2_2;
    input [16:0] input_0;
    input [16:0] input_1;
    input [0:0] sel;
    reg [16:0] result;
  begin
    case (sel)
      1'b0 : begin
        result = input_0;
      end
      default : begin
        result = input_1;
      end
    endcase
    MUX_v_17_2_2 = result;
  end
  endfunction


  function automatic [29:0] MUX_v_30_2_2;
    input [29:0] input_0;
    input [29:0] input_1;
    input [0:0] sel;
    reg [29:0] result;
  begin
    case (sel)
      1'b0 : begin
        result = input_0;
      end
      default : begin
        result = input_1;
      end
    endcase
    MUX_v_30_2_2 = result;
  end
  endfunction


  function automatic [15:0] readslicef_30_16_14;
    input [29:0] vector;
    reg [29:0] tmp;
  begin
    tmp = vector >> 14;
    readslicef_30_16_14 = tmp[15:0];
  end
  endfunction


  function automatic [16:0] conv_s2s_16_17 ;
    input [15:0]  vector ;
  begin
    conv_s2s_16_17 = {vector[15], vector};
  end
  endfunction

endmodule

// ------------------------------------------------------------------
//  Design Unit:    fir
// ------------------------------------------------------------------


module fir (
  clk, rst, coeffs_rsc_z, coeffs_rsc_triosy_lz, in1_rsc_dat, in1_rsc_triosy_lz, out1_rsc_dat,
      out1_rsc_triosy_lz
);
  input clk;
  input rst;
  input [511:0] coeffs_rsc_z;
  output coeffs_rsc_triosy_lz;
  input [15:0] in1_rsc_dat;
  output in1_rsc_triosy_lz;
  output [15:0] out1_rsc_dat;
  output out1_rsc_triosy_lz;



  // Interconnect Declarations for Component Instantiations 
  fir_core fir_core_inst (
      .clk(clk),
      .rst(rst),
      .coeffs_rsc_z(coeffs_rsc_z),
      .coeffs_rsc_triosy_lz(coeffs_rsc_triosy_lz),
      .in1_rsc_dat(in1_rsc_dat),
      .in1_rsc_triosy_lz(in1_rsc_triosy_lz),
      .out1_rsc_dat(out1_rsc_dat),
      .out1_rsc_triosy_lz(out1_rsc_triosy_lz)
    );
endmodule